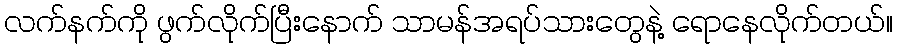
လက်နက်ကို ဖွက်လိုက်ပြီးနောက် သာမန်အရပ်သားတွေနဲ့ ရောနေလိုက်တယ်။